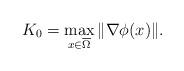
LaTeX: \begin{align*}K_0=\max_{x \in \overline \Omega}\Vert \nabla \phi(x)\Vert.\end{align*}